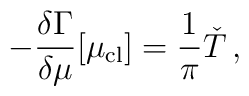
-\frac{\delta \Gamma}{\delta \mu}[\mu_{\rm cl}] = \frac{1}{\pi }\check{T}\,,